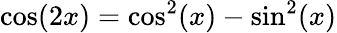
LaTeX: \cos(2x)=\cos^{2}(x)-\sin^{2}(x)